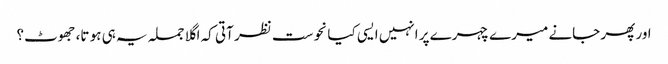
اور پھر جانے میرے چہرے پر انہیں ایسی کیا نحوست نظر آتی کہ اگلا جملہ یہ ہی ہو تا، جھوٹ؟